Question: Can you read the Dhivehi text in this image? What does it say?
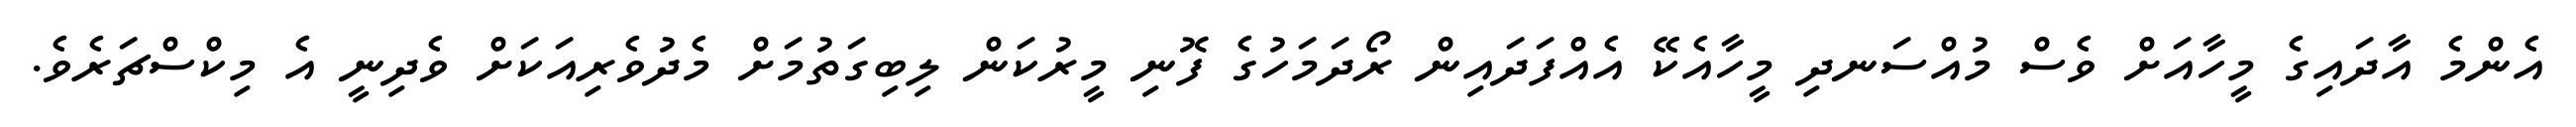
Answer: އެންމެ އާދައިގެ މީހާއަށް ވެސް މުއްސަނދި މީހާއެކޭ އެއްފަދައިން ރޯދަމަހުގެ ފޮނި މީރުކަން ލިބިގަތުމަށް މެދުވެރިއަކަށް ވެދިނީ އެ މިކްސްޗަރެވެ.